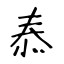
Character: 㤗